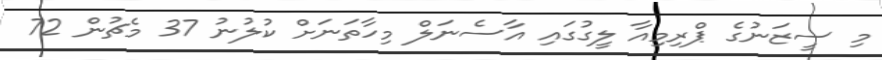
މި ސީޒަނުގެ ޕްރިމިއާ ލީގުގައި އާސެނަލް މިހާތަނަށް ކުލުނު 37 މެޗުން 72